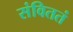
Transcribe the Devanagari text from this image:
संविततं